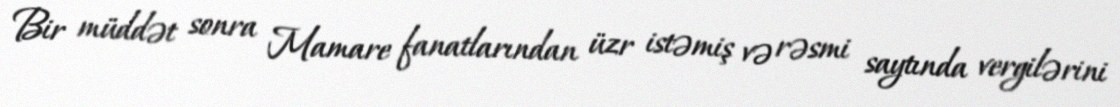
Bir müddət sonra Mamare fanatlarından üzr istəmiş və rəsmi saytında vergilərini